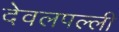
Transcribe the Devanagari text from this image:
देवलपल्ली